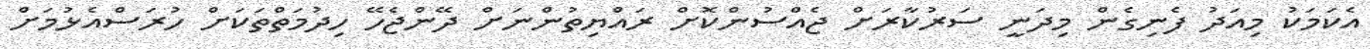
އެކަމަކު މިއަދު ފެނިގެން މިދަނީ ސަރުކާރަށް ޖެއްސުންކޮށް ރައްޔިތުންނަށް ދޭންޖެހޭ ހިދުމަތްތަކަށް ހުރަސްއެޅުމަށް